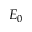
E _ { 0 }